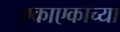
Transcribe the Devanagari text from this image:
एकाएकाच्या